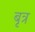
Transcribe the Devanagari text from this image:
बृत्र